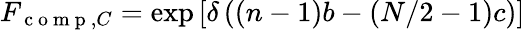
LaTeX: F_{\mathrm{~c~o~m~p~},C}=\exp\left[\delta\left((n-1)b-(N/2-1)c\right)\right]